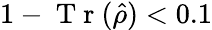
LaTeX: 1-\mathrm{~T~r~}(\hat{\rho})<0.1